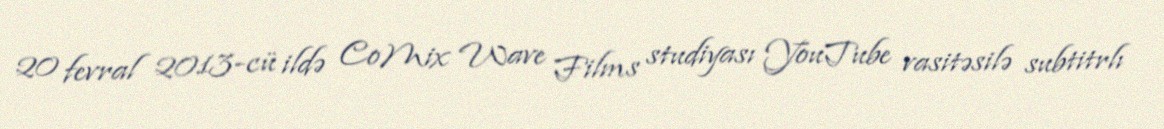
20 fevral 2013-cü ildə CoMix Wave Films studiyası YouTube vasitəsilə subtitrlı